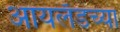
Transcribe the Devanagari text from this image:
आयलँडच्या